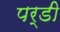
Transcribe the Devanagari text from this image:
पर्डी